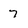
Character: 7